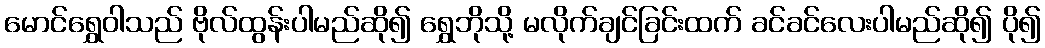
မောင်ရွှေဝါသည် ဗိုလ်ထွန်းပါမည်ဆို၍ ရွှေဘိုသို့ မလိုက်ချင်ခြင်းထက် ခင်ခင်လေးပါမည်ဆို၍ ပို၍